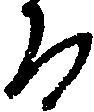
る